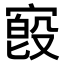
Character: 𫳷